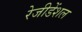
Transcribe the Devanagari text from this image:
रेजीडेंशल